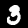
Label: 3